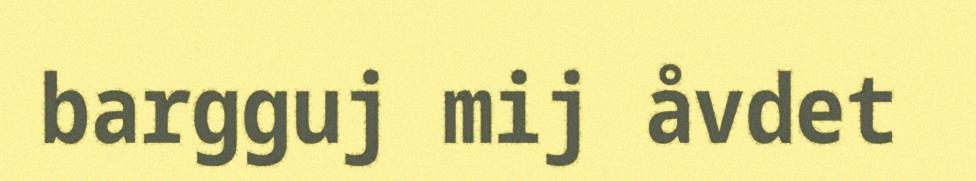
bargguj mij åvdet